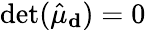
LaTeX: \operatorname*{det}(\hat{\mu}_{\mathbf d})=0